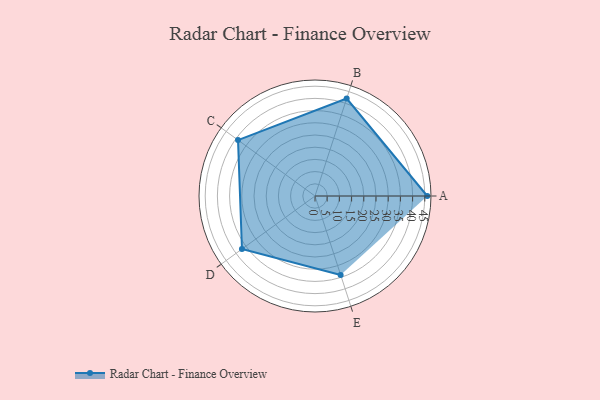
{"axis": {"x": "Skill", "y": "Score"}, "legend": ["Profile"], "data": [{"x": "A", "y": 46.0, "type": "Profile"}, {"x": "B", "y": 42.0, "type": "Profile"}, {"x": "C", "y": 39.0, "type": "Profile"}, {"x": "D", "y": 37.0, "type": "Profile"}, {"x": "E", "y": 34.0, "type": "Profile"}]}